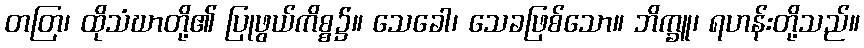
တတြ၊ ထိုသံဃာတို့၏ ပြုဖွယ်ကိစ္စ၌။ သေခေါ၊ သေခဖြစ်သော။ ဘိက္ခူ၊ ရဟန်းတို့သည်။